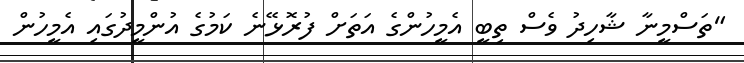
"ތަސްމީނާ ޝާހިދު ވެސް ތިބީ އެމީހުންގެ އަތަށް ފުރޮޅޭނެ ކަމުގެ އުންމީދުގައި އެމީހުން